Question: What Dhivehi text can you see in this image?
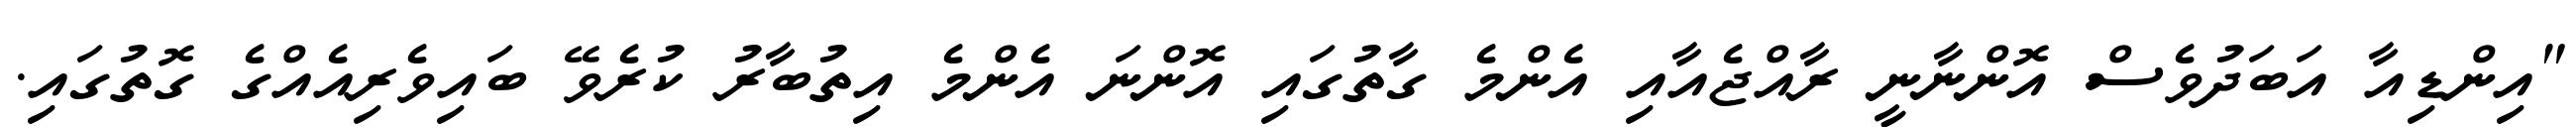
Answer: "އިންޑިއާ އަބަދުވެސް އޮންނާނީ ރާއްޖެއާއި އެންމެ ގާތުގައި އޮންނަ އެންމެ އިތުބާރު ކުރެވޭ ބައިވެރިއެއްގެ ގޮތުގައި.